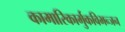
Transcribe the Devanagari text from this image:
कामारिकार्मुकविभन्जन